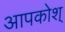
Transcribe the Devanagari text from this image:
आपकोश्